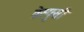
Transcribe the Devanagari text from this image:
वेस्पुसी